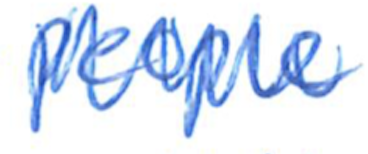
Text: people
Cross-out: zig-zag
Writing tool: ballpoint